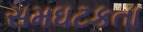
સમઘટકતા